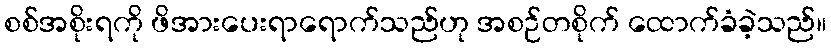
စစ်အစိုးရကို ဖိအားပေးရာရောက်သည်ဟု အစဉ်တစိုက် ထောက်ခံခဲ့သည်။